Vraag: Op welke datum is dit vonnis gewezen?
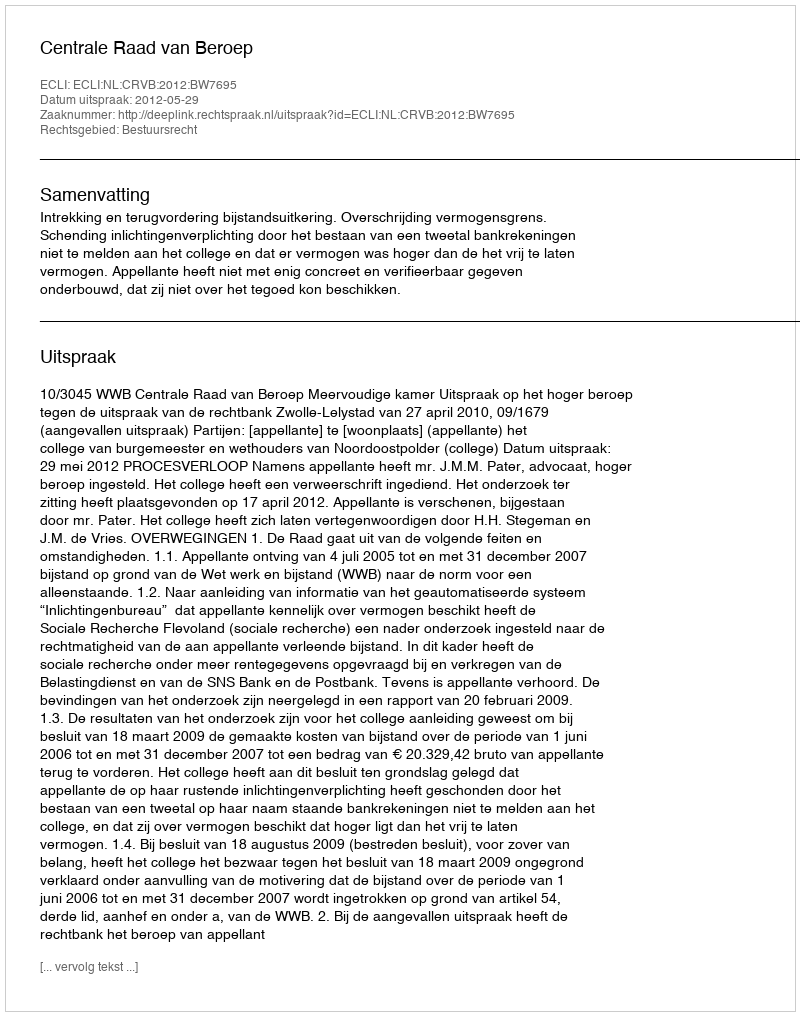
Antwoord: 2012-05-29